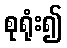
စုရုံး၍